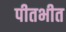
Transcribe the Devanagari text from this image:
पीतभीत